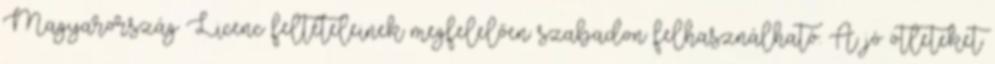
Magyarország Licenc feltételeinek megfelelően szabadon felhasználható. A jó ötleteket